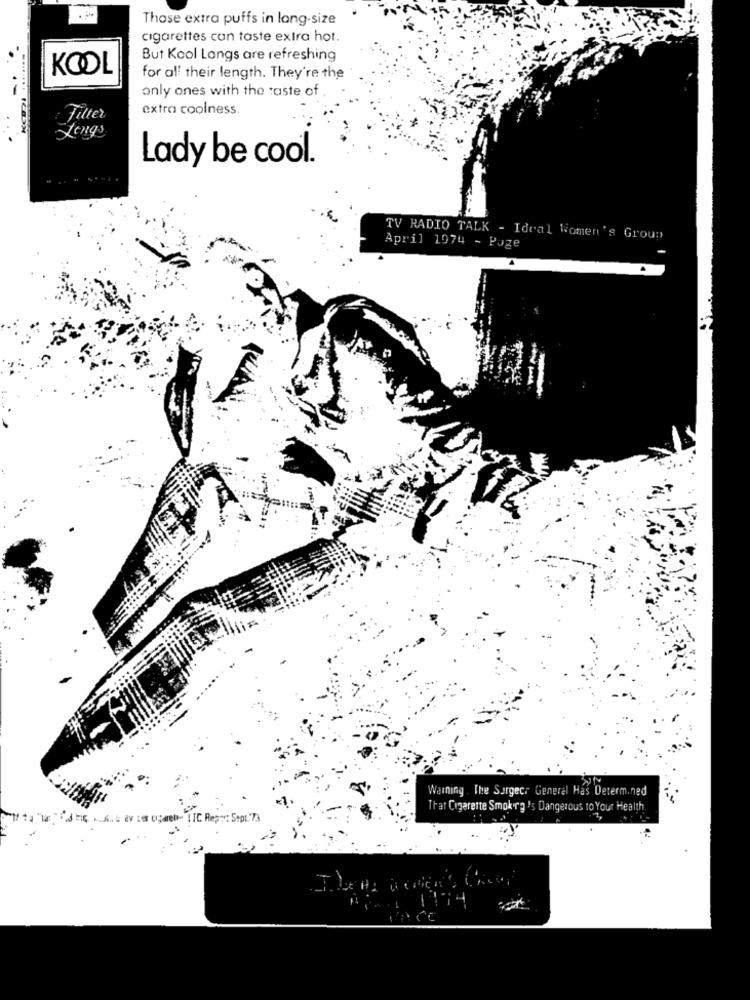
Those extra puffs in long-size
cigarettes can taste extra hot.
But Kool Langs are refreshing
KOOL
for al! their length. They're the
..
only ones with the taste of
extra coolness.
Filter
Longs
Lady be cool.
TV RADIO TALK - Ideal Women's Group
April 1974 - Page
Warning . The Surgecr Generel Has Determined
That Cigarette Smoking 's Dangerous to Your Health
ITC Repor: Sept. 73